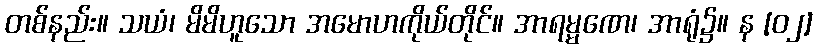
တစ်နည်း။ သယံ၊ မိမိဟူသော အမောဟကိုယ်တိုင်။ အာရမ္မဏေ၊ အာရုံ၌။ န [၀၂]